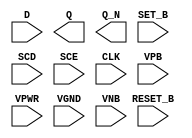
module sky130_fd_sc_ms__sdfbbp (
    //# {{data|Data Signals}}
    input  D      ,
    output Q      ,
    output Q_N    ,

    //# {{control|Control Signals}}
    input  RESET_B,
    input  SET_B  ,

    //# {{scanchain|Scan Chain}}
    input  SCD    ,
    input  SCE    ,

    //# {{clocks|Clocking}}
    input  CLK    ,

    //# {{power|Power}}
    input  VPB    ,
    input  VPWR   ,
    input  VGND   ,
    input  VNB
);
endmodule